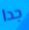
جدا